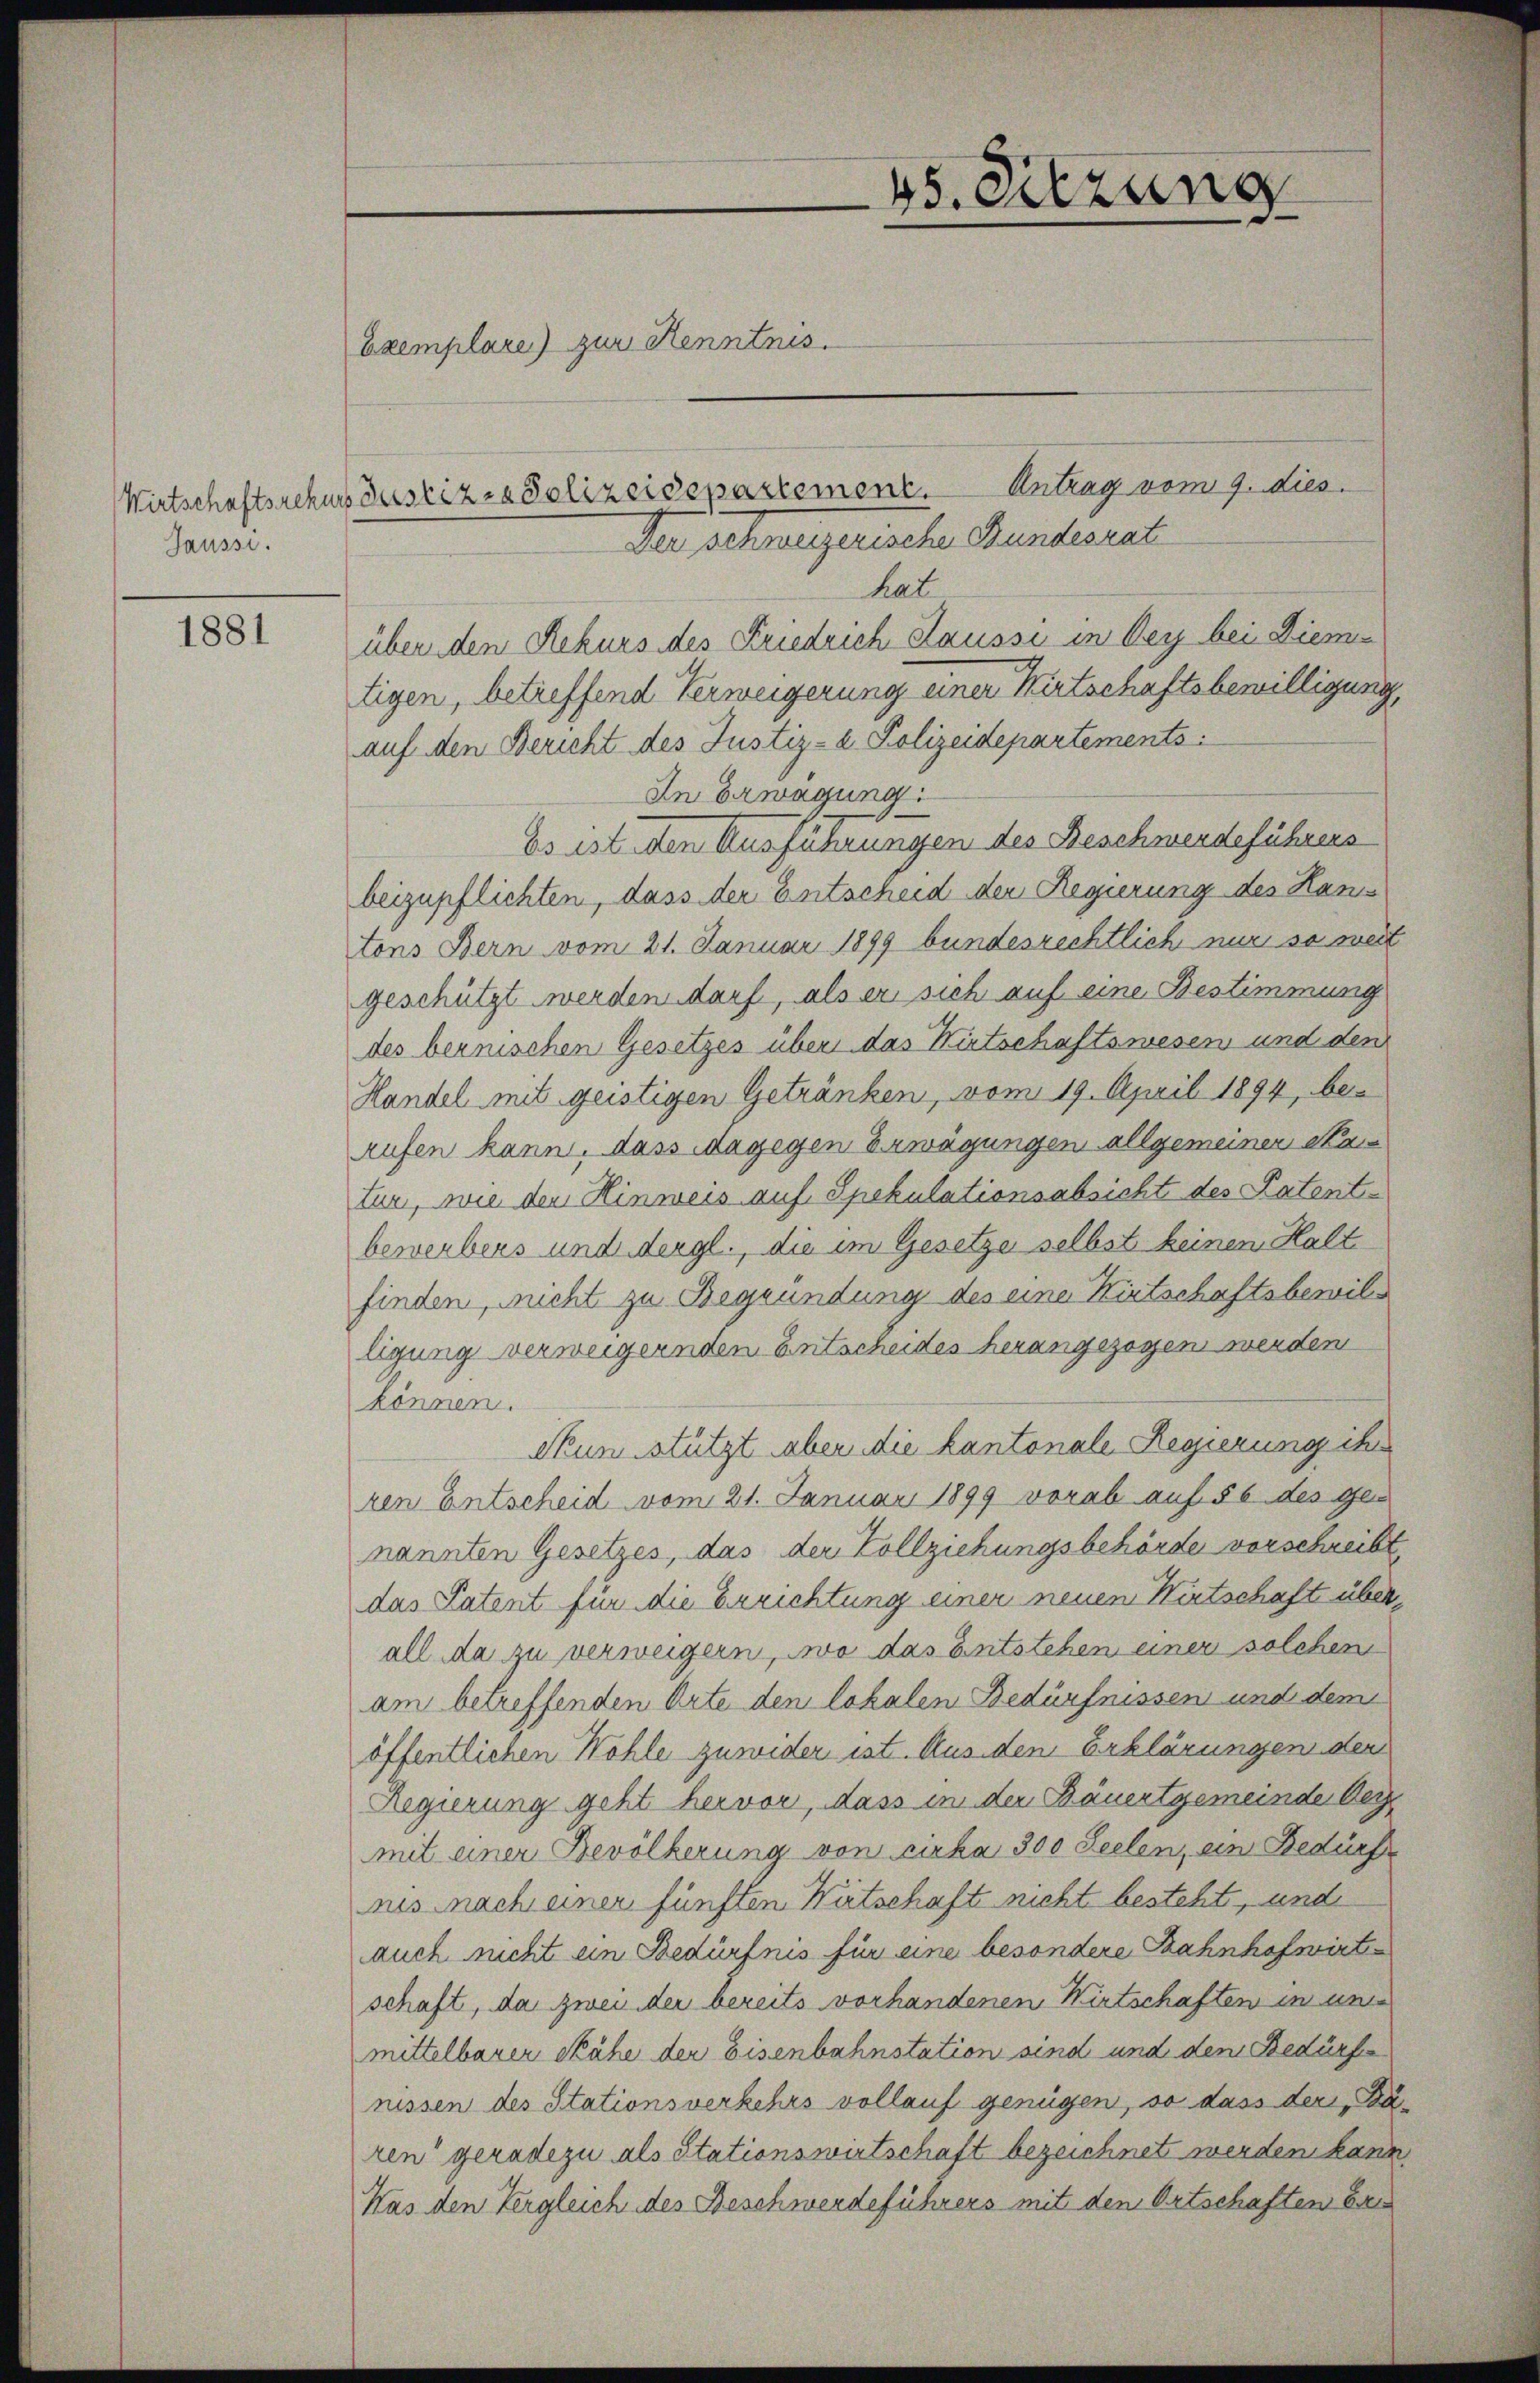
Saussi.

1881

45. Sitzung
Exemplare) zur Kenntnis.
Antrag vom 9. dies
Wirtschaftsrekurs Justiz- & Polizeidepartement.
Der schweizerische Bundesrat

hat
über den Rekurs des Friedrich aussi in Bey bei Diem
tigen, betreffend Verweigerung einer Wirtschaftsbewilligung,
auf den Bericht des Justiz- u. Polizeidepartements
In Erwägung
Es ist den Ausführungen des Beschwerdeführers
beizupflichten, dass der Entscheid der Regierung des Hans
tons Bern vom 21. Januar 1899 bundesrechtlich nur so weit
geschützt werden darf, als er sich auf eine Bestimmung
des bernischen Gesetzes über das Wirtschaftswesen und den
Handel mit geistigen Getränken, vom 19. April 1894, be-
Aufen kann, dass dagegen Erwägungen allgemeiner Matur, wie den Hinweis auf Spekulationsabsicht des Patentbewerbens und dergl., die im Gesetze selbst keinen Halt
finden, nicht zu Begründung des eine Kirtschaftsbewillgung verweigernden Entscheides herangezogen werden
können.
Skun stützt aber die kantonale Regierung ihr
ren Entscheid vom 21. Januar 1899 vorab auf § 6 des genannten Gesetzes, das der Vollziehungsbehörde vorschreibt,
das Patent für die Errichtung einer neuen Wirtschaft überall da zu verweigern, wo das Entstehen einer solchen
am betreffenden Orte den lokalen Bedürfnissen und dem
öffentlichen Wohle zuwider ist. Aus den Erklärungen den
Regierung geht hervor, dass in der Bäuertgemeinde Geg
mit einer Bevölkerung von cirka 300 Seelen, ein Bedürfe
nis nach einer fünften Wirtschaft nicht besteht, und
auch nicht ein Bedürfnis für eine besondere Bahnhofsvirte
schaft, da zwei der bereits vorhandenen Wirtschaften in un
mittelbarer Skähe der Eisenbahnstation sind und den Bedürfe
nissen des Stationsverkehrs vollauf genügen, so dass der, Bären“ geradezu als Stationswirtschaft bezeichnet werden kann.
Was den Vergleich des Beschwerdeführers mit den Ortschaften bei